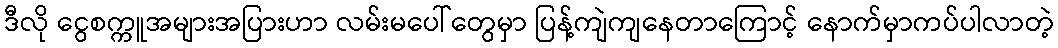
ဒီလို ငွေစက္ကူအများအပြားဟာ လမ်းမပေါ်တွေမှာ ပြန့်ကျဲကျနေတာကြောင့် နောက်မှာကပ်ပါလာတဲ့